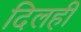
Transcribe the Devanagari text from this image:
दिलही